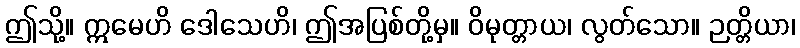
ဤသို့။ ဣမေဟိ ဒေါသေဟိ၊ ဤအပြစ်တို့မှ။ ဝိမုတ္တာယ၊ လွတ်သော။ ဉတ္တိယာ၊